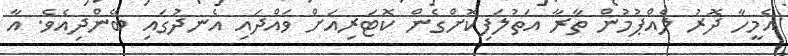
އެމީހާ ދޮރު ލެއްޕުމުން ތާރާ އަތުލަފިކޮށްގެން ކޮޓަރިއަށް ވައްދައި އެނދުގައި ބޭންދިއެވެ. އާ